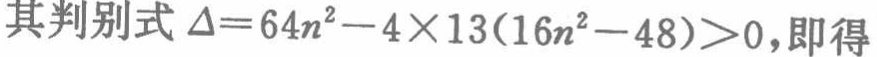
其判别式 \(\Delta = 64n^{2}-4\times13(16n^{2}-48)>0\)，即得